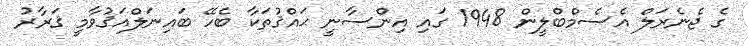
ގެ ޖެނެރަލް އެސެމްބްލީން 1948 ގައި އިންސާނީ ޙައްޤުތަކާ ބެހޭ ބައިނަލްއަޤުވާމީ ޤަރާރު